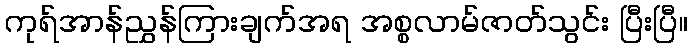
ကုရ်အာန်ညွှန်ကြားချက်အရ အစ္စလာမ်ဇာတ်သွင်း ပြီးပြီ။